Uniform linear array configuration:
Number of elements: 8
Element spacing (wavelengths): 0.5
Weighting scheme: binomial
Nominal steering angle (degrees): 60
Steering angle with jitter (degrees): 60.927
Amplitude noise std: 0.05
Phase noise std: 0.05

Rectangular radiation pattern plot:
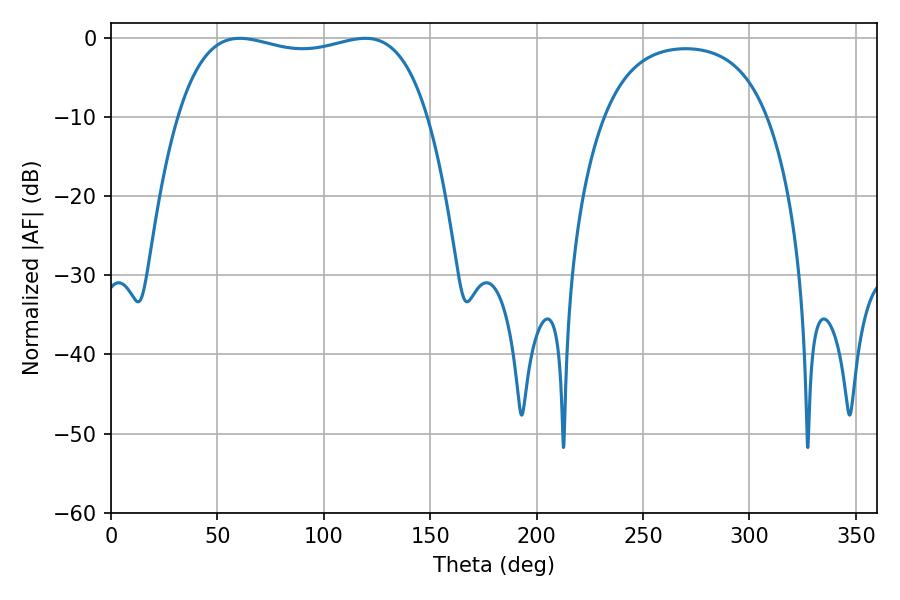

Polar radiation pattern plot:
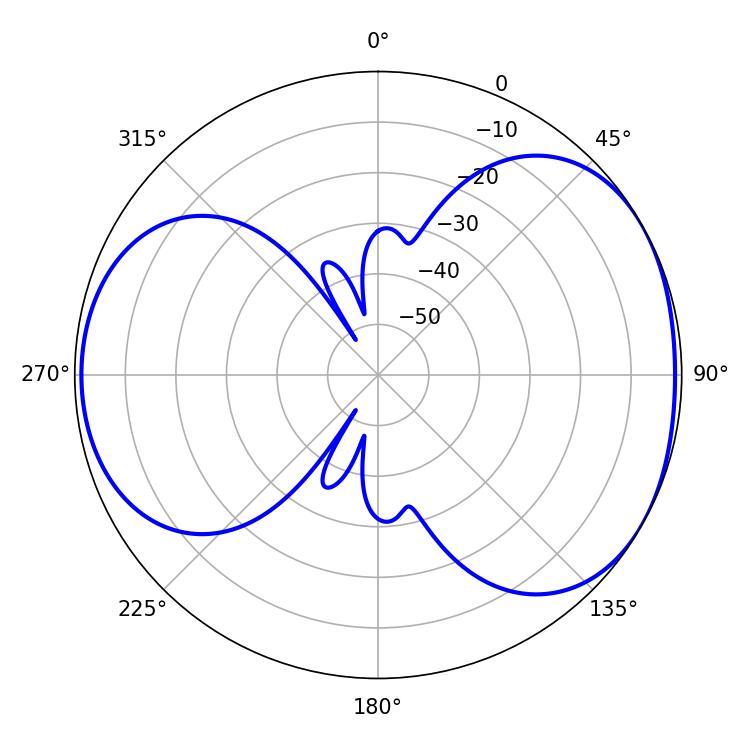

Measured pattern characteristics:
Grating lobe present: FALSE
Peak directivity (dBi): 4.638
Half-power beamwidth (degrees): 95.04
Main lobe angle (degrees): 60.48